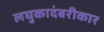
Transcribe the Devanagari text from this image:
लघुकादंबरीकार